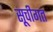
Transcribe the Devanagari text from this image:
सूचीगत